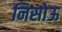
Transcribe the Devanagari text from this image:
निसोऊ